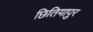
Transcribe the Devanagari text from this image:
छितियापुर